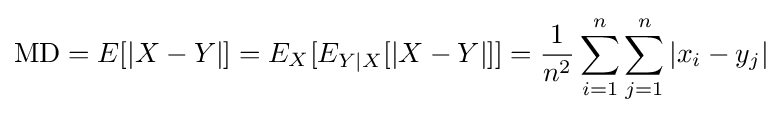
\mathrm {MD} =E[|X-Y|]=E_{X}[E_{Y|X}[|X-Y|]]={\frac {1}{n^{2}}}\sum _{i=1}^{n}\sum _{j=1}^{n}|x_{i}-y_{j}|